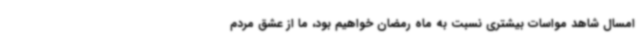
امسال شاهد مواسات بیشتری نسبت به ماه رمضان خواهیم بود، ما از عشق مردم